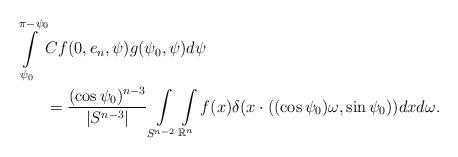
LaTeX: \begin{align*}\int\limits_{\psi_0}^{\pi-\psi_0} &Cf(0, e_n, \psi)g(\psi_0,\psi)d\psi\\&=\frac{(\cos\psi_0)^{n-3}}{|S^{n-3}|} \int\limits_{S^{n-2}}\int\limits_{\mathbb{R}^n} f(x) \delta(x\cdot ((\cos\psi_0)\omega,\sin\psi_0))dx d\omega.\end{align*}